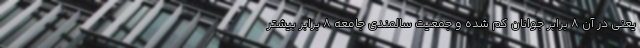
یعنی در آن ۸ برابر جوانان کم شده و جمعیت سالمندی جامعه ۸ برابر بیشتر